Problem: 54 + 74 = ?
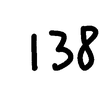
Handwritten answer: 138